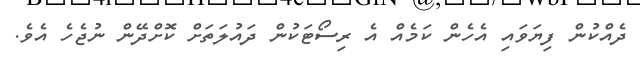
ދެއްކުން ފިޔަވައި އެހެން ކަމެއް އެ ރިސޯޓަކުން ދައުލަތަށް ކޮށްދޭން ނުޖެހެ އެވެ.